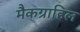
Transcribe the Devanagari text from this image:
मैकग्राहिल